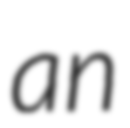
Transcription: an